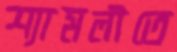
শ্যামলীতে